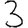
Digit: 3